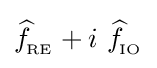
{\widehat {f}}\!_{_{\text{RE}}}+i\ {\widehat {f}}\!_{_{\text{IO}}}